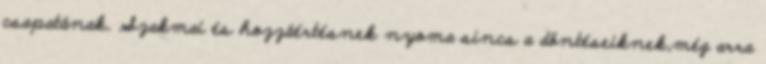
csapatának. Szakmai és hozzáértésnek nyoma sincs a döntéseiknek,még arra